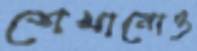
শেখানোও